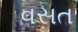
વસત